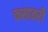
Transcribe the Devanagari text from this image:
कसातरी